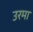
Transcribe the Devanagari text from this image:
उरमा